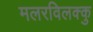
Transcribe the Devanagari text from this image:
मलरविलक्कु